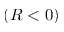
( R < 0 )